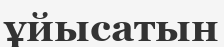
ұйысатын